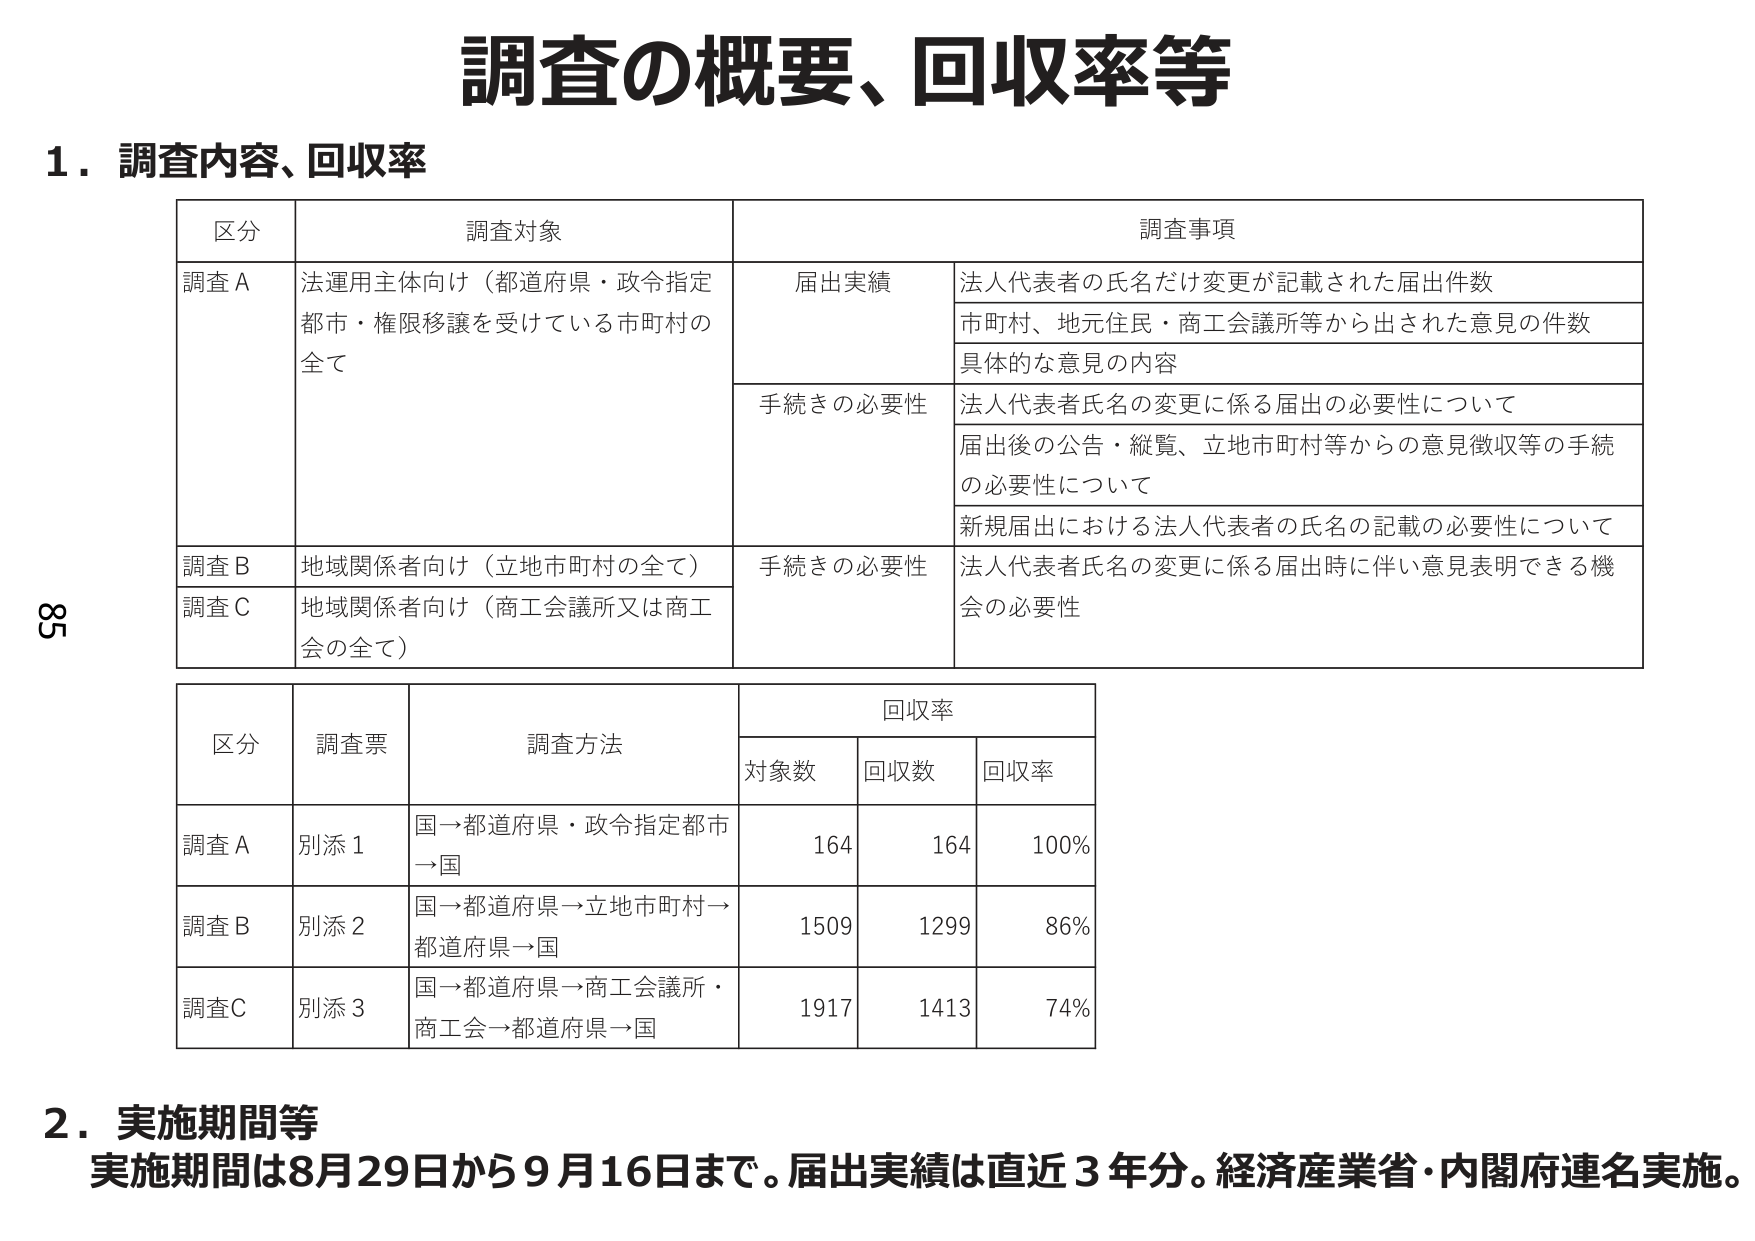
調査の概要、回収率等

1．調査内容、回収率

区分 調査対象 調査事項
調査A 法運用主体向け（都道府県・政令指定都市・権限移譲を受けている市町村の全て） 届出実績 法人代表者の氏名だけ変更が記載された届出件数
市町村、地元住民・商工会議所等から出された意見の件数
具体的な意見の内容
手続きの必要性 法人代表者氏名の変更に係る届出の必要性について
届出後の公告・縦覧、立地市町村等からの意見徴収等の手続の必要性について
新規届出における法人代表者の氏名の記載の必要性について
調査B 地域関係者向け（立地市町村の全て） 手続きの必要性 法人代表者氏名の変更に係る届出時に伴い意見表明できる機会の必要性
調査C 地域関係者向け（商工会議所又は商工会の全て）

区分 調査票 調査方法 回収率
対象数 回収数 回収率
調査A 別添1 国→都道府県・政令指定都市→国 164 164 100%
調査B 別添2 国→都道府県→立地市町村→都道府県→国 1509 1299 86%
調査C 別添3 国→都道府県→商工会議所・商工会→都道府県→国 1917 1413 74%

2．実施期間等
実施期間は8月29日から9月16日まで。届出実績は直近3年分。経済産業省・内閣府連名実施。

85